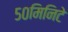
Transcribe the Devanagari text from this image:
५०मिनिटे